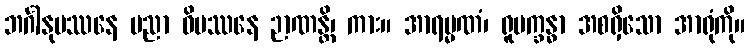
ဘင်္ဂါနုပဿနေ ပညာ ဝိပဿနေ ဉာဏန္တိ၊ ကား။ အာရမ္မဏံ၊ ရူပက္ခန္ဓာ အစရှိသော အာရုံကို။